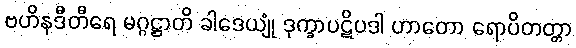
ဗဟိနဒီတီရေ မဂ္ဂဋ္ဌာတိ ခါဒေယျုံ ဒုက္ခာပဋိပဒါ ဟာတော ရောပိတတ္တာ